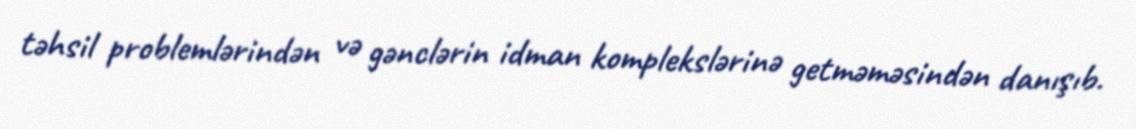
təhsil problemlərindən və gənclərin idman komplekslərinə getməməsindən danışıb.